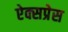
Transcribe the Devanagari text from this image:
ऐक्सप्रेस